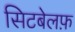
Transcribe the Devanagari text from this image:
सिटबेलफ़